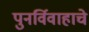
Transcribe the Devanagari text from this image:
पुनर्विवाहाचे